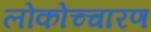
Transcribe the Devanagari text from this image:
लोकोच्चारण